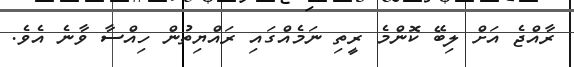
ރާއްޖެ އަށް ލިބޭ ކޮންމެ ރީތި ނަމެެއްގައި ރައްޔިތުން ހިއްސާ ވާނެ އެވެ.